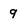
Character: 9